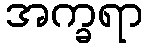
အက္ခရာ